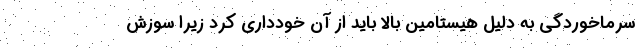
سرماخوردگی به دلیل هیستامین بالا باید از آن خودداری کرد زیرا سوزش